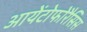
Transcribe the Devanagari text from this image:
आयेंटोफोरैसिस